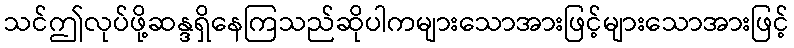
သင်ဤလုပ်ဖို့ဆန္ဒရှိနေကြသည်ဆိုပါကများသောအားဖြင့်များသောအားဖြင့်